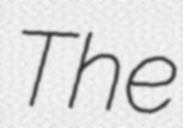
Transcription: The